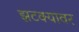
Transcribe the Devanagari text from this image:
झटक्यावर